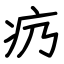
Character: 疓